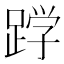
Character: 𮛦